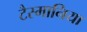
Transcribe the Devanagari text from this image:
टैस्मानिया